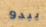
يبدو